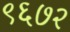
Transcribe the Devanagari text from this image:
९६७२